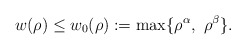
\begin{align*}w(\rho)\le w_{0}(\rho):=\max\{\rho^\alpha,\ \rho^\beta\}.\end{align*}